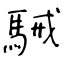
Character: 駴